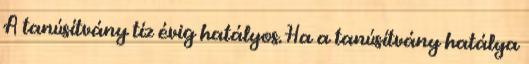
A tanúsítvány tíz évig hatályos. Ha a tanúsítvány hatálya